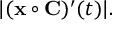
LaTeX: | ( \mathbf { x } \circ \mathbf { C } ) ^ { \prime } ( t ) | .